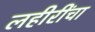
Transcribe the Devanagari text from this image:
लहीरींचा